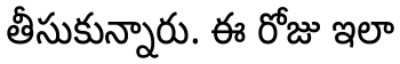
తీసుకున్నారు. ఈ రోజు ఇలా